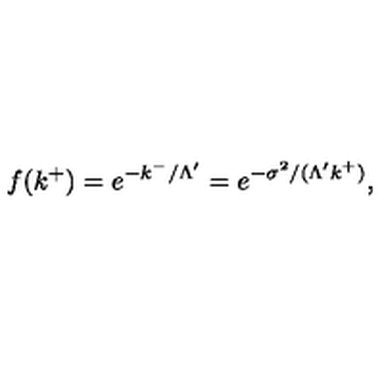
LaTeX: f ( k ^ { + } ) = e ^ { - k ^ { - } / \Lambda ^ { \prime } } = e ^ { - \sigma ^ { 2 } / ( \Lambda ^ { \prime } k ^ { + } ) } ,